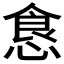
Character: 𱃤